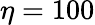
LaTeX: \eta=100